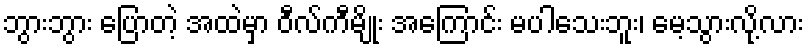
ဘွားဘွား ပြောတဲ့ အထဲမှာ ဝီလ်ကီမျိုး အကြောင်း မပါသေးဘူး၊ မေ့သွားလို့လား